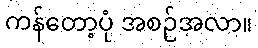
ကန်တော့ပုံ အစဉ်အလာ။